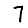
Digit: 7